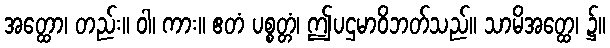
အတ္ထော၊ တည်း။ ဝါ၊ ကား။ ဧတံ ပစ္စတ္တံ၊ ဤပဌမာဝိဘတ်သည်။ သာမိအတ္ထေ၊ ၌။